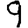
Digit: 9